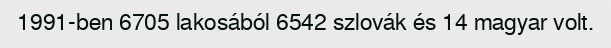
1991-ben 6705 lakosából 6542 szlovák és 14 magyar volt.